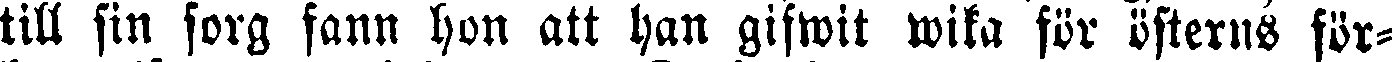
till sin sorg fann hon att han gifwit wika för österns för-